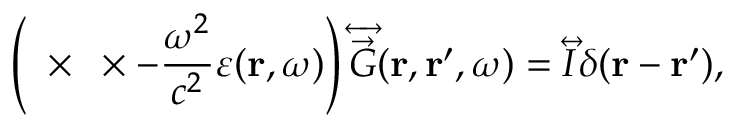
\left( \mathbf { \nabla } \times \mathbf { \nabla } \times - \frac { \omega ^ { 2 } } { c ^ { 2 } } \varepsilon ( \mathbf { r } , \omega ) \right) \overleftrightarrow { \vec { G } } ( \mathbf { r } , \mathbf { r } ^ { \prime } , \omega ) = \overleftrightarrow { I } \delta ( \mathbf { r } - \mathbf { r } ^ { \prime } ) ,